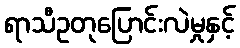
ရာသီဥတုပြောင်းလဲမှုနှင့်